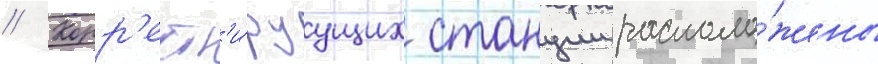
// Корр'ект'и́руущих станции располо́жены